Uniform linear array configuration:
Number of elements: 8
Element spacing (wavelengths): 0.25
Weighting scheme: blackman
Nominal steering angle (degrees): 15
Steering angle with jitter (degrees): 14.418
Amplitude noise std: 0.05
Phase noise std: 0.05

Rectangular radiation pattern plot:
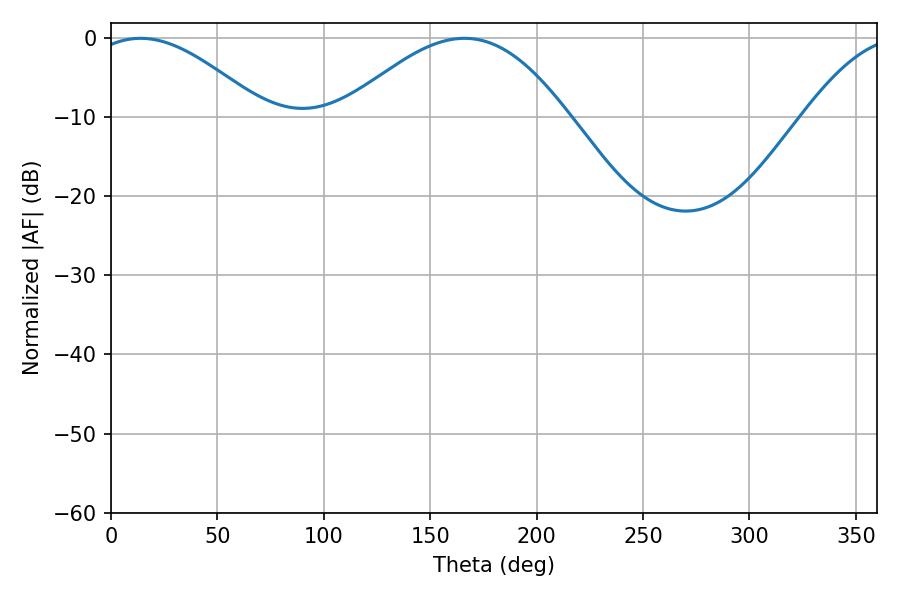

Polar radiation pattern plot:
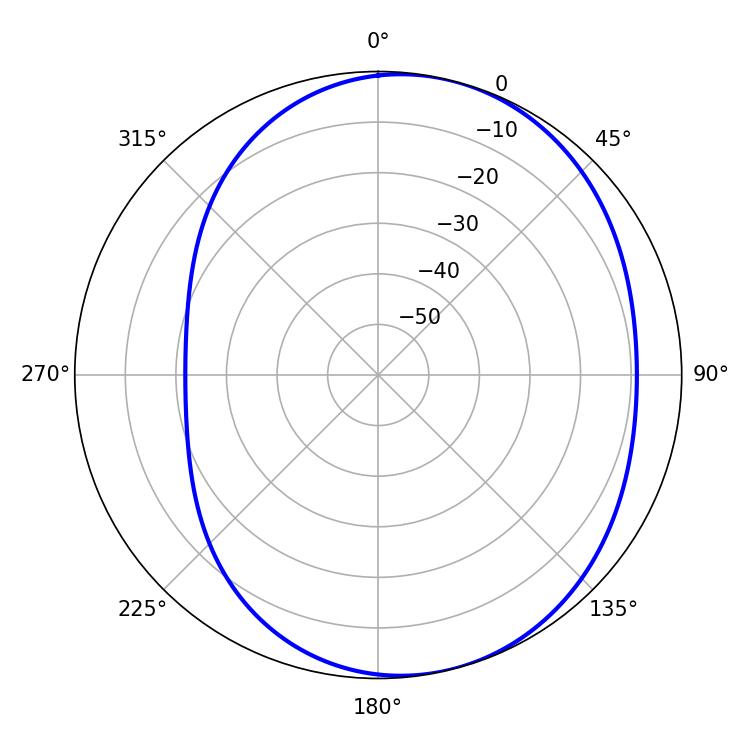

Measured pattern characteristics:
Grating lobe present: FALSE
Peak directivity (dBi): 5.081
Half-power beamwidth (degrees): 44.28
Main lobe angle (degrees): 13.86